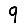
Digit: 9